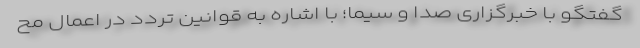
گفتگو با خبرگزاری صدا و سیما؛ با اشاره به قوانین تردد در اعمال مح